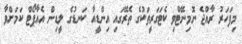
މިފަހަރު ރާއްޖެ ނޮމިނޭޓްވި ކެޓަގަރީތަކުގެ ތެރޭގައި އިންޑީއާ ކަނޑުގެ ލީޑިން އެއާޕޯޓް ކަމަށްވާ